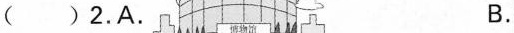
( )2.A. B.